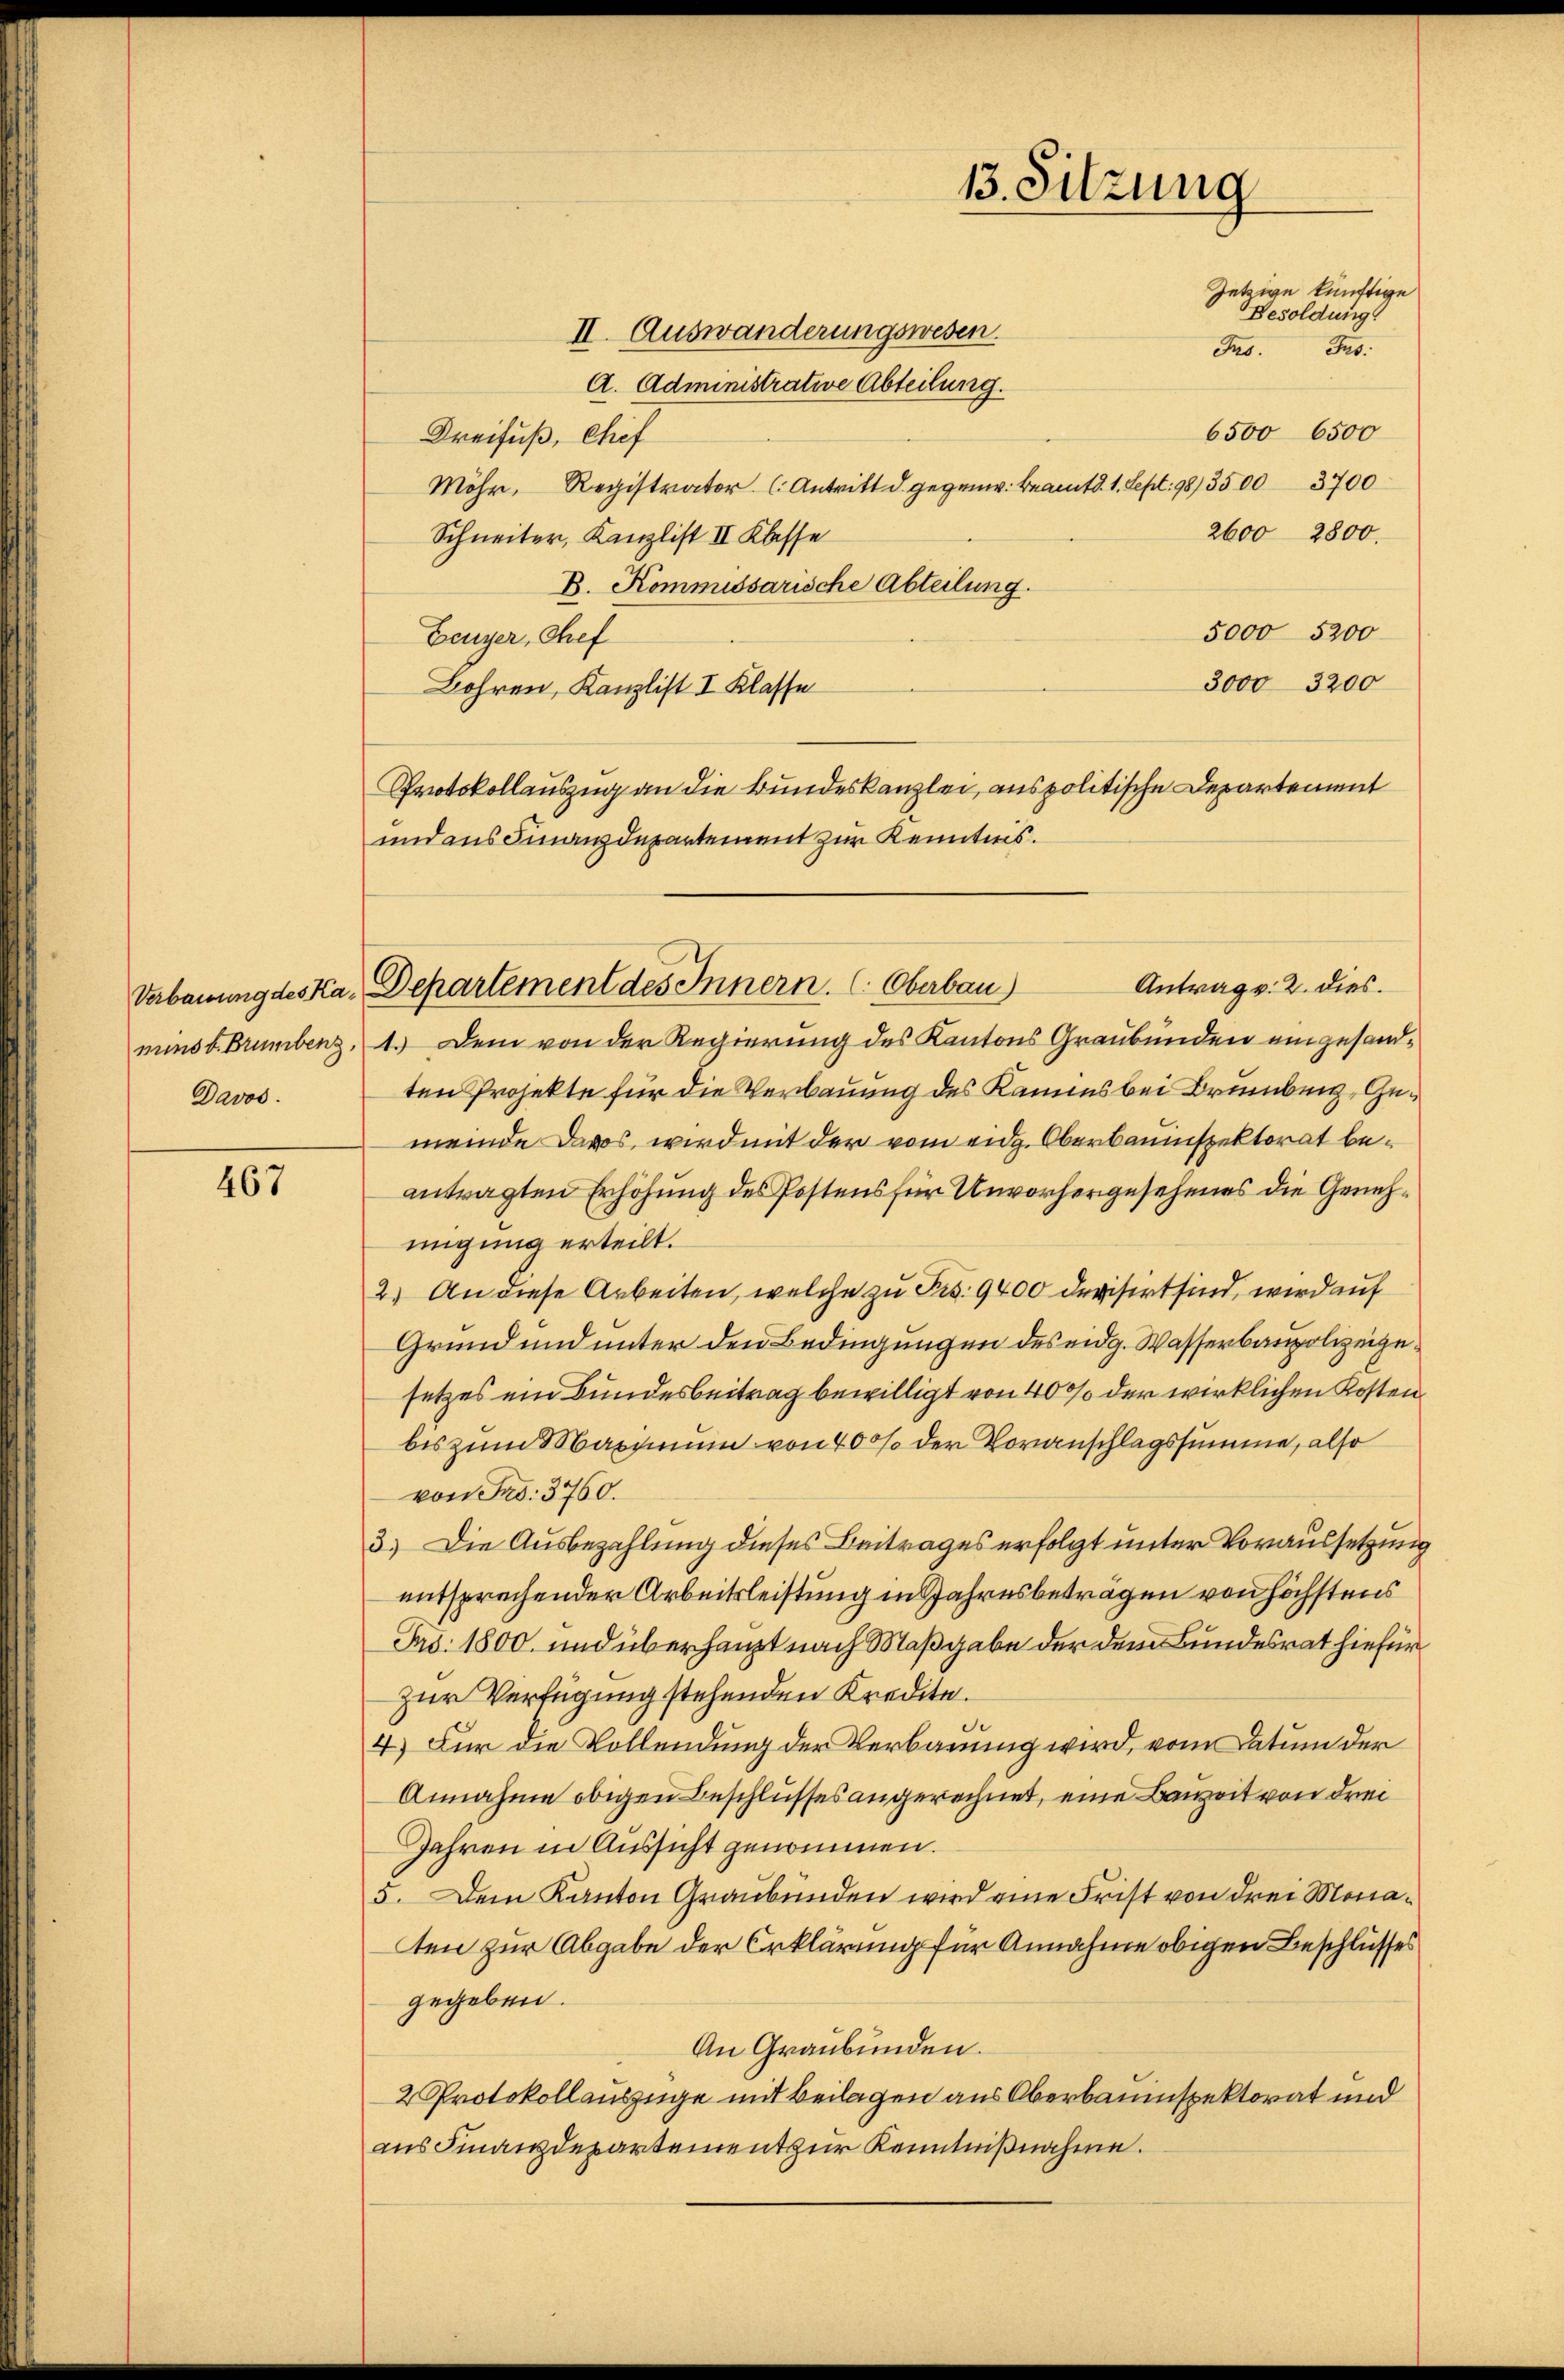
Davos.

467

13. Sitzung
Jetzige künftige
Besoldung.
Jrs. Gus:

Antrag v. 2. dies
munsb. Brumbenz, 1.) Dem von der Regierung des Kantons Graubünden eingesandten Projekte für die Verbauung des Kammes bei Brunburg, Gemeinde Davos, wird mit der vom eidg. Oberbauinspektorat beantragten Erhöhung des Postens für Unvorhergesehenes die Genehmigung erteilt.
2.) An diese Arbeiten, welche zu Frs. 9400 devisirt sind, wird auf
Grund und unter den Bedingungen des eidg. Wasserbaupolizeigesetzes ein Bundesbeitrag bewilligt von 40% der wirklichen Kostenbis zum Maximum von 400 der Voranschlagssumme, also
von Frs. 3760.
3.) Die Ausbezahlung dieses Beitrages erfolgt unter Voraussetzung
entsprechender Arbeitsleistung in Jahresbeträgen von höchstens
Fro. 1800. und überhaupt nach Maßgabe der dem Bundesrat hiefür
Zur Verfügung stehenden Kredite.
de
4.) Für die Vollendung der Verbauung wird, vom Datum der
Annahme obigen Beschlusses angerechnet, eine Bauzeit von drei
Jahren in Aussicht genommen.
5. Dem Kanton Graubünden wird eine Frist von drei Monaten zur Abgabe der Erklärung für Annahme obigen Beschlusses
gegeben.
An Graubünden.
2 Protokollauszüge mit Beilagen aus Oberbauinspektorat und
aus Finanzdepartement zur Kenntnißnahme.

Verbauung des Ka, Departement des Innern. (Oberbau)

II. Auswanderungswesen.
A. Administrative Abteilung.
6500 6500
Dreifuß, Chef
Möhr, Registrator Antritt d. gegenw. Beamtd. 1. Sept. 98/3500 3700
2600 2800.
Schneiter, Kanzlist II Klasse
B. Kommissarische Abteilung.
5000 5200
Feuyer, Chef
3000 3200
Bohren, Kanzlist I Klasse
Protokollauszug an die Bundeskanzlei, aus politische Departement
und aus Finanzdepartement zur Kenntnis.